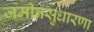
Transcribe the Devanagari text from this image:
जमीनसुधारणा